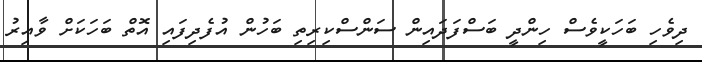
ދިވެހި ބަހަކީވެސް ހިންދީ ބަސްފަދައިން ސަންސްކިރިތި ބަހުން އުފެދިފައި އޮތް ބަހަކަށް ވާއިރު